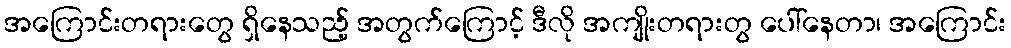
အကြောင်းတရားတွေ ရှိနေသည့် အတွက်ကြောင့် ဒီလို အကျိုးတရားတွ ပေါ်နေတာ၊ အကြောင်း